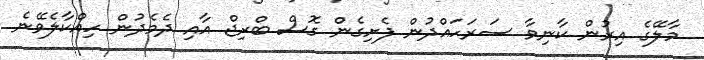
މާލޭގެ އިރުން ކާނިވާ ސަރަހައްދުން ފެށިގެން ގޮސް ބްރިޖް އާއި ދެމެދުން ހިއްކާލެވޭނެ